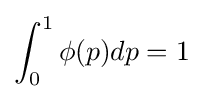
\int _{0}^{1}\phi (p)dp=1